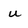
Character: u